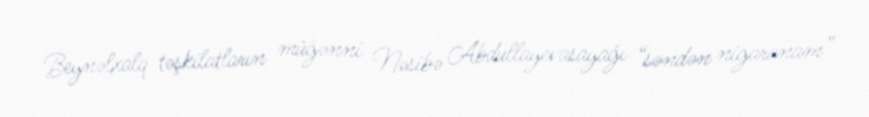
Beynəlxalq təşkilatların müğənni Nəsibə Abdullayevasayağı “səndən nigaranam”